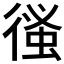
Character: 𢕉